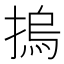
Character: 摀